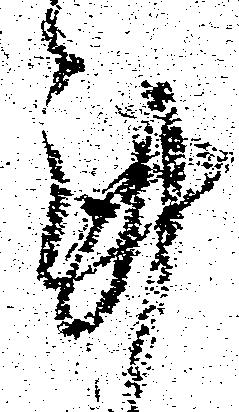
謹